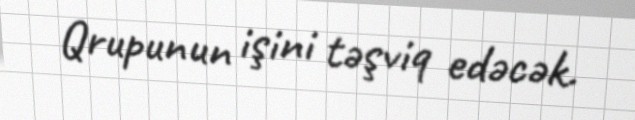
Qrupunun işini təşviq edəcək.